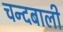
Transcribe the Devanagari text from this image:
चन्दबाली